Bombay plague: being a history of the progress of plague in the Bombay presidency from September 1896 to June 1899
Year: 1896
Disease focus: Plague
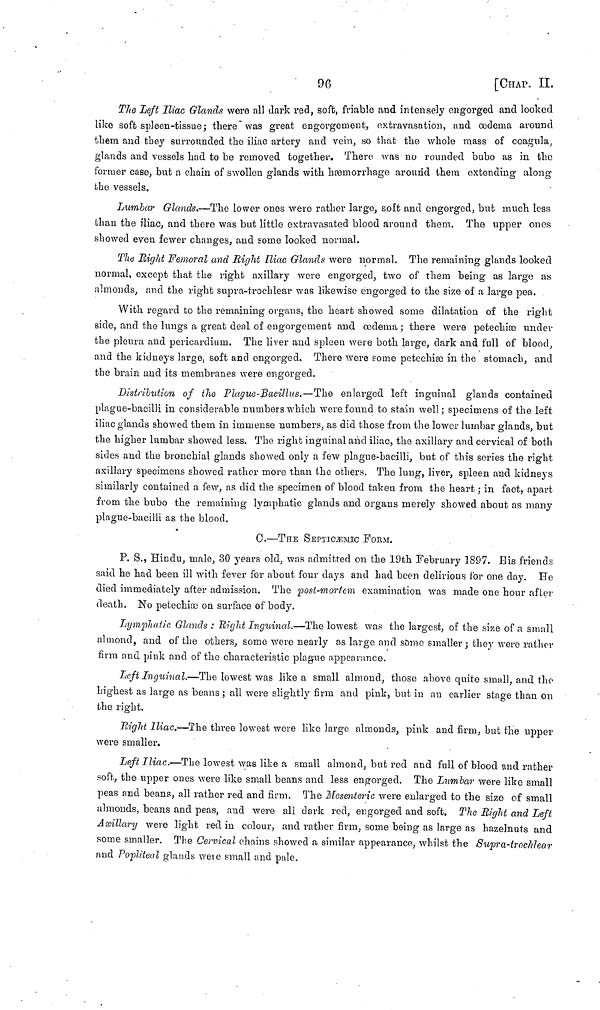
96
[CHAP. II.
The Left Iliac Glands were all dark red, soft, friable and intensely engorged and looked
like soft spleen-tissue; there was great engorgement, extravasation, and œdema around
them and they surrounded the iliac artery and vein, so that the whole mass of coagula,
glands and vessels had to be removed together. There was no rounded bubo as in the
former case, but a chain of swollen glands with hæmorrhage around them extending along
the vessels.
Lumbar Glands.—The lower ones were rather large, soft and engorged, but much less
than the iliac, and there was but little extravásated blood around them. The upper ones
showed even fewer changes, and gome looked normal.
The Right Femoral and Right Iliac Glands were normal. The remaining glands looked
normal, except that the right axillary were engorged, two of them being as large as
almonds, and the right supra-trochlear was likewise engorged to the size of a large pea.
With regard to the remaining organs, the heart showed some dilatation of the right
side, and the lungs a great deal of engorgement and oedema ; there were petechiœ under
the pleura and pericardium. The liver and spleen were both large, dark and full of blood,
and the kidneys large, soft and engorged. There were some petechiæ in the stomach, and
the brain and its membranes were engorged.
Distribution of the Plague-Bacillus.—The enlarged left inguinal glands contained
plague-bacilli in considerable numbers which were found to stain well; specimens of the left
iliac glands showed them in immense numbers, as did those from the lower lumbar glands, but
the higher lumbar showed less. The right inguinal and iliac, the axillary and cervical of both
sides and the bronchial glands showed only a few plague-bacilli, but of this series the right
axillary specimens showed rather more than the others. The lung, liver, spleen and kidneys
similarly contained a few, as did the specimen of blood taken from the heart ; in fact, apart
from the bubo the remaining lymphatic glands and organs merely showed about as many
plague-bacilli as the blood.
C.—THE SEPTICÆMIC POEM.
P. S., Hindu, male, 30 years old, was admitted on the 19th February 1897. Bis friends
said he had been ill with fever for about four clays and had been delirious for one day. He
died immediately after admission. The posl-morfcm examination was made one hour after
death. No petechioc on surface of body.
Lymphatic Glands : Right Inguinal.—The lowest was the largest, of the size of a small
almond, and of the others, some were nearly as large and some smaller ; they were rather
firm and pink and of the characteristic plague appearance.
Left Inguinal.—The lowest was like a small almond, those above quite small, and the
highest as large as beans ; all were slightly firm and pink, but in an earlier stage than on
the right.
night Iliac.—The three lowest were like large almonds, pink and firm, hut the upper
were smaller.
Left Iliac.—The lowest was like a small almond, but red and full of blood and rather
soft, the upper ones were like small beans and less engorged. The Lumbar were like small
peas and beans, all rather red and firm. The Mesenteric were enlarged to the size of small
almonds, beans and peas, and were all dark red, engorged and soft. The Right and Left
Axillary were light red in colour, and rather firm, some being as large as hazelnuts and
some smaller. The
chains showed a similar appearance, whilst the Supra-trochlear
and Popliteal glands were small and pale.